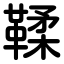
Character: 鞣